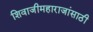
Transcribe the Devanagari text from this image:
शिवाजीमहाराजांसाठी